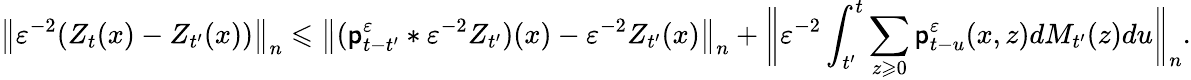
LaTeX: \big\| \varepsilon^{-2}(Z_{t}(x)-Z_{t^{\prime}}(x))\big\| _{n}\leqslant\big\| (\mathsf{p}_{t-t^{\prime}}^{\varepsilon}\ast\varepsilon^{-2}Z_{t^{\prime}})(x)-\varepsilon^{-2}Z_{t^{\prime}}(x)\big\| _{n}+\bigg\| \varepsilon^{-2}\int_{t^{\prime}}^{t}\sum_{z\geqslant 0}\mathsf{p}_{t-u}^{\varepsilon}(x,z)dM_{t^{\prime}}(z)du\bigg\| _{n}.